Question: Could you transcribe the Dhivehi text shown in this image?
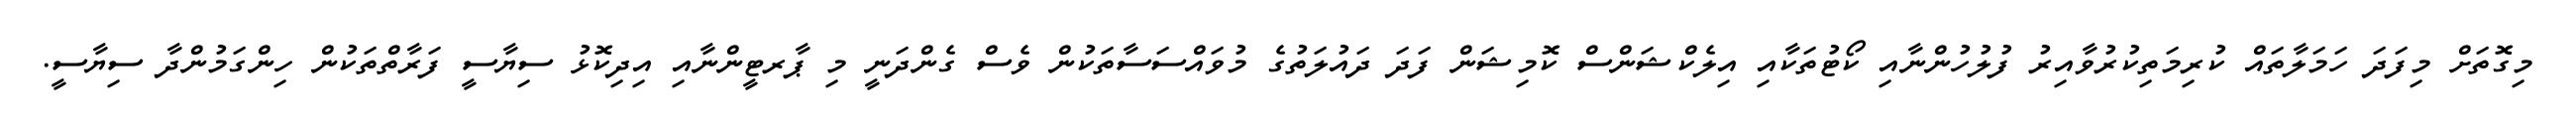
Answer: މިގޮތަށް މިފަދަ ހަމަލާތައް ކުރިމަތިކުރުވާއިރު ފުލުހުންނާއި ކޯޓުތަކާއި އިލެކްޝަންސް ކޮމިޝަން ފަދަ ދައުލަތުގެ މުވައްސަސާތަކުން ވެސް ގެންދަނީ މި ޕާރޓީންނާއި އިދިކޮޅު ސިޔާސީ ފަރާތްތަކުން ހިންގަމުންދާ ސިޔާސީ.